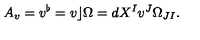
A _ { v } = v ^ { \flat } = v \rfloor \Omega = d X ^ { I } v ^ { J } \Omega _ { J I } .